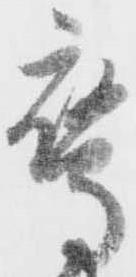
鷹